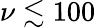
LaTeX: \nu\lesssim 100